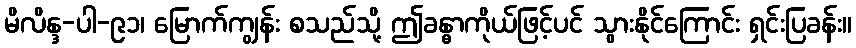
မိလိန္ဒ-ပါ-၉၁၊ မြောက်ကျွန်း စသည်သို့ ဤခန္ဓာကိုယ်ဖြင့်ပင် သွားနိုင်ကြောင်း ရှင်းပြခန်း။